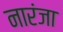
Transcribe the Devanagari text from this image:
नारंजा